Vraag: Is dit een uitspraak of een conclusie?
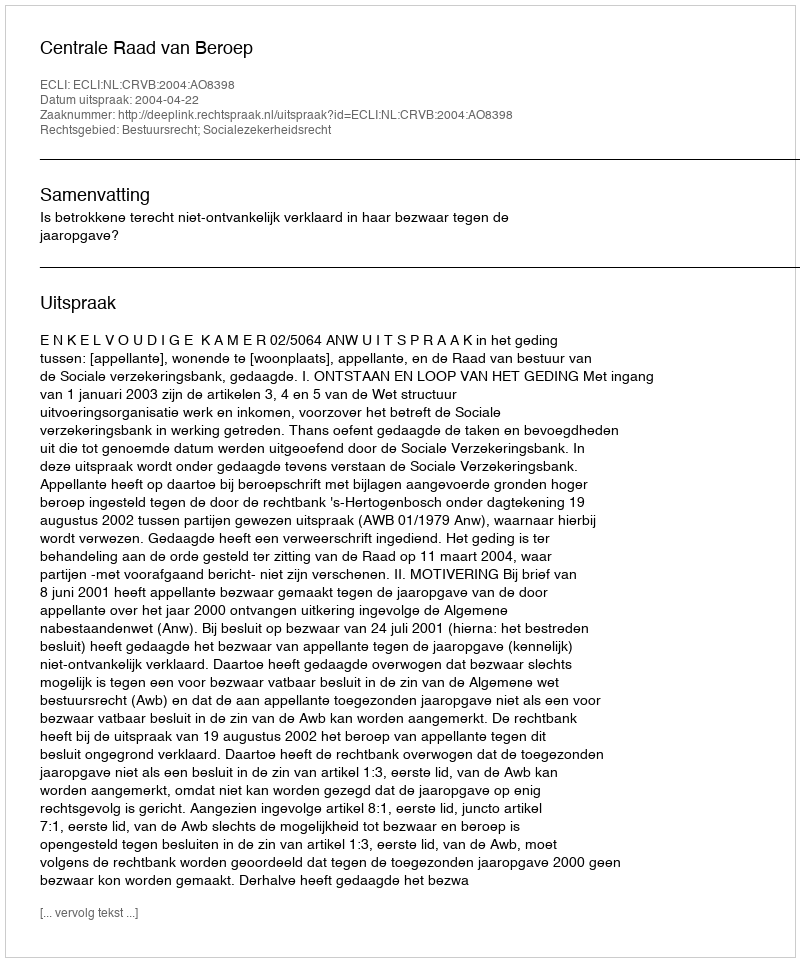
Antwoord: Uitspraak